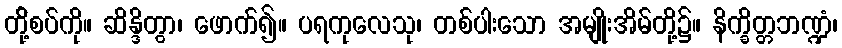
တို့်စပ်ကို။ ဆိန္ဒိတွာ၊ ဖောက်၍။ ပရကုလေသု၊ တစ်ပါးသော အမျိုးအိမ်တို့၌။ နိက္ခိတ္တဘဏ္ဍံ၊